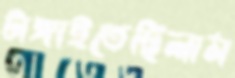
টাঙ্গাইতেছিলাম